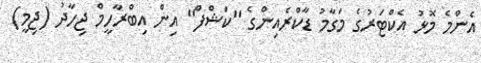
އެންމެ މޮޅު އެކްޓަރުގެ މަގާމު ޑާކްރެއިންގެ "ކަޝްފް" އިން އިބްރާހީމް ޖިހާދު (ޖިމީ)